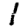
Digit: 1